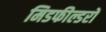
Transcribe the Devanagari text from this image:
मिडफील्डरों